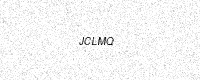
Text: JCLMQ